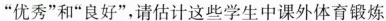
”优秀”和”良好”，请估计这些学生中课外体育锻炼